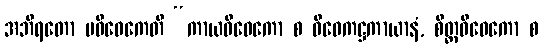
အဘိရတော ပဝိဝေကေတိ “ကာယဝိဝေကော စ ဝိဝေကဋ္ဌကာယာနံ, စိတ္တဝိဝေကော စ